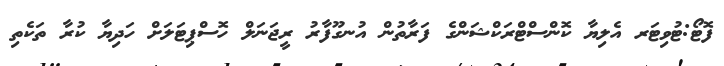
ފޮޓޯ:ޓުވިޓަރ އެލިޔާ ކޮންސްޓްރަކްޝަންގެ ފަރާތުން އުނގޫފާރު ރީޖަނަލް ހޮސްޕިޓަލަށް ހަދިޔާ ކުރާ ތަކެތި